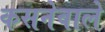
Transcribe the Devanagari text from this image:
कसनेवाले